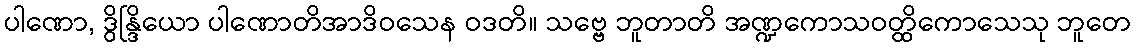
ပါဏော, ဒွိန္ဒြိယော ပါဏောတိအာဒိဝသေန ဝဒတိ။ သဗ္ဗေ ဘူတာတိ အဏ္ဍကောသဝတ္ထိကောသေသု ဘူတေ